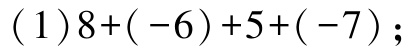
$(1)8+(-6)+5+(-7);$